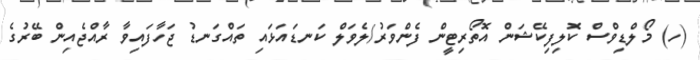
(ހ) މޯލްޑިވްސް ކޮލިފިކޭޝަން އޮތޯރިޓީން ފެންވަރު/ލެވަލް ކަނޑައަޅައި ތައްގަނޑު ޖަހާފައިވާ ރާއްޖެއިން ބޭރުގެ